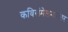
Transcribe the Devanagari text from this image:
कविसंमेलनानंतर